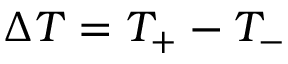
\Delta T = T _ { + } - T _ { - }